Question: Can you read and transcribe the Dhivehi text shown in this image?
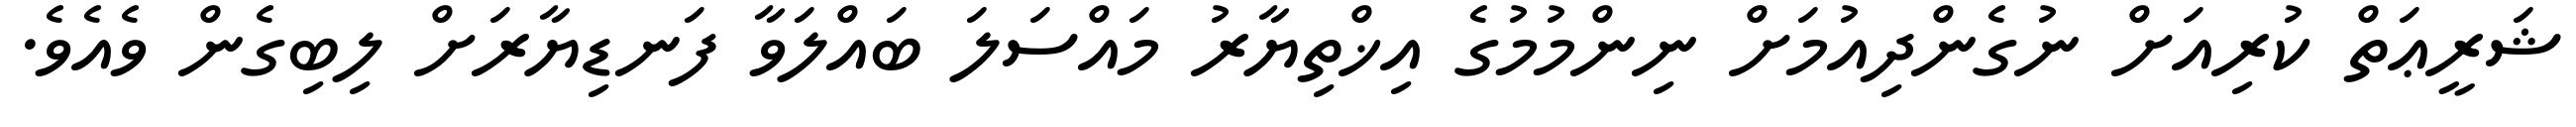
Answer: ޝަރީޢަތް ކުރިއަށް ނުގެންދިއުމަށް ނިންމުމުގެ އިޚްތިޔާރު މައްސަލަ ބައްލަވާ ފަނޑިޔާރަށް ލިބިގެން ވެއެވެ.